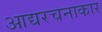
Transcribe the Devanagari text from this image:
आद्यरचनाकार